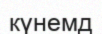
күнемд